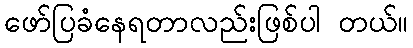
ဖော်ပြခံနေရတာလည်းဖြစ်ပါ တယ်။